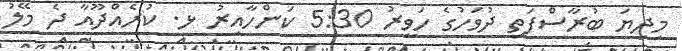
މިދިޔަ ބުރާސްފަތި ދުވަހުގެ ހަވީރު 5:30 ކަންހާއިރު ޅ. ކުރެއްދޫއާ ދެ މޭލު